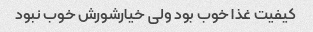
کیفیت غذا خوب بود ولی خیارشورش خوب نبود